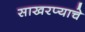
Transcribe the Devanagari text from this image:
साखरप्याचे